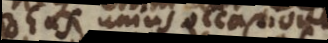
Deus unius occasione